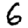
Digit: 6